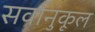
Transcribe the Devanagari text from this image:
सर्वानुकूल